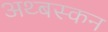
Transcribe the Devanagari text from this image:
अथ्बस्कन